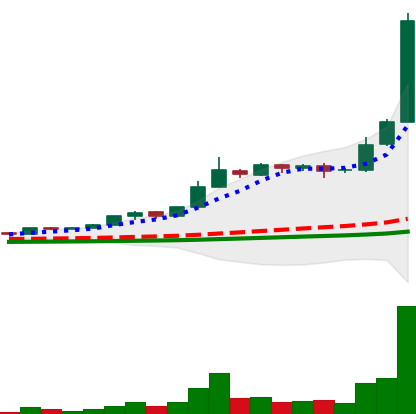
Ticker: BNB-USD
Chart end date: 2021-02-19
Forward return: -23.528%
Label: down_7plus